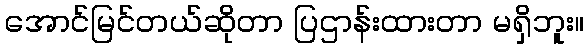
အောင်မြင်တယ်ဆိုတာ ပြဌာန်းထားတာ မရှိဘူး။